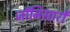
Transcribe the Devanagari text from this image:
जाँनिसारों